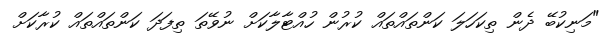
"މަނިކުބޭ ދެން ތިކަހަލަ ކަންތައްތައް ކުރުން ހުއްޓާލާކަށް ނުވޭތަ ތިފަދަ ކަންތައްތައް ކުރާކަށް